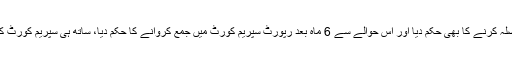
عدالت نے این آئی آر سی کو سی ڈی اے افسران سے متعلق دیگر مقدمات کا 6 ماہ میں فیصلہ کرنے کا بھی حکم دیا اور اس حوالے سے 6 ماہ بعد رپورٹ سپریم کورٹ میں جمع کروانے کا حکم دیا، ساتھ ہی سپریم کورٹ کا کہنا تھا کہ بلدیاتی اداروں کے پاس اختیارات نہ ہونا آرٹیکل 148 کی خلاف ورزی ہے۔